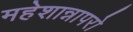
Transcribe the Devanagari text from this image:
महेशान्नापरो